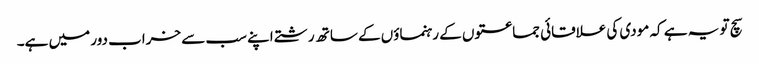
سچ تو یہ ہے کہ مودی کی علاقائی جماعتوں کے رہنماؤں کے ساتھ رشتے اپنے سب سے خراب دور میں ہے۔